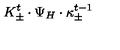
{ K _ { \pm } ^ { t } \cdot \Psi _ { H } \cdot \kappa _ { \pm } ^ { t - 1 } }